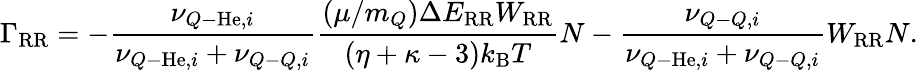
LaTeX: \Gamma_{\mathrm{RR}}=-\frac{\nu_{Q\mathrm{-}\mathrm{He},i}}{\nu_{Q\mathrm{-}\mathrm{He},i}+\nu_{Q\mathrm{-}Q,i}}\frac{(\mu/m_{Q})\Delta E_{\mathrm{RR}}W_{\mathrm{RR}}}{(\eta+\kappa-3)k_{\mathrm{B}}T}N-\frac{\nu_{Q\mathrm{-}Q,i}}{\nu_{Q\mathrm{-}\mathrm{He},i}+\nu_{Q\mathrm{-}Q,i}}W_{\mathrm{RR}}N.